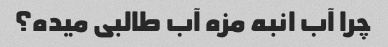
چرا آب انبه مزه آب طالبی میده؟